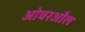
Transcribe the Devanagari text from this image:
ओवरऔल